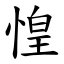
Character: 惶